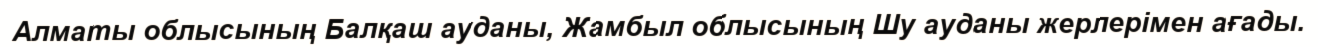
Алматы облысының Балқаш ауданы, Жамбыл облысының Шу ауданы жерлерімен ағады.